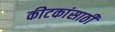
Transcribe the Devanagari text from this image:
कीटकांसाठी